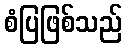
စံပြဖြစ်သည်